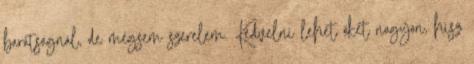
barátságnál, de mégsem szerelem. Kedvelni lehet őket nagyon, hisz